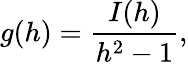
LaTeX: g(h)=\frac{I(h)}{h^{2}-1},